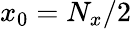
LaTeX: x_{0}=N_{x}/2